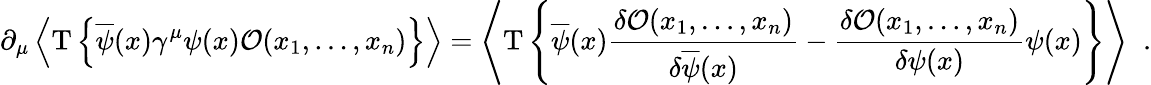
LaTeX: \partial_{\mu}\left\langle\mathrm{T}\left\lbrace\overline{{\psi}}(x)\gamma^{\mu}\psi(x){\cal O}(x_{1},\ldots,x_{n})\right\rbrace\right\rangle=\left\langle\mathrm{T}\left\lbrace\overline{{\psi}}(x){\frac{\delta{\cal O}(x_{1},\ldots,x_{n})}{\delta{\overline{{\psi}}}(x)}}-{\frac{\delta{\cal O}(x_{1},\ldots,x_{n})}{\delta{\psi}(x)}}\psi(x)\right\rbrace\right\rangle\; \; .